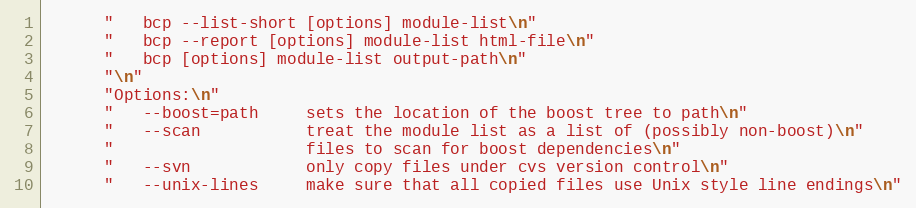
Language: C++
      "   bcp --list-short [options] module-list\n"
      "   bcp --report [options] module-list html-file\n"
      "   bcp [options] module-list output-path\n"
      "\n"
      "Options:\n"
      "   --boost=path     sets the location of the boost tree to path\n"
      "   --scan           treat the module list as a list of (possibly non-boost)\n"
      "                    files to scan for boost dependencies\n"
      "   --svn            only copy files under cvs version control\n"
      "   --unix-lines     make sure that all copied files use Unix style line endings\n"